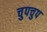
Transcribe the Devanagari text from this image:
चुपचुप